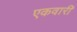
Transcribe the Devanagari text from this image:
एकवारी